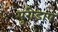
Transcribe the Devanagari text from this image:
पुरोडाष